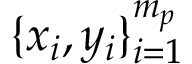
\{ x _ { i } , y _ { i } \} _ { i = 1 } ^ { m _ { p } }